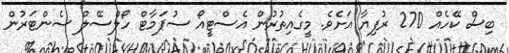
ބިސް ކޭހެއް 270 ރުފިޔާ އަށެވެ. މީގެއިތުރުން އެސްޓީއޯ ސުޕަމާޓް ހޯލްސޭލް ސެންޓަރުން